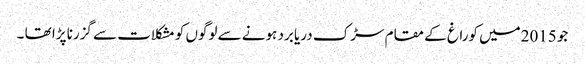
جو 2015میں کوراغ کے مقام سڑک دریا برد ہونے سے لوگوں کو مشکلات سے گزرنا پڑا تھا ۔